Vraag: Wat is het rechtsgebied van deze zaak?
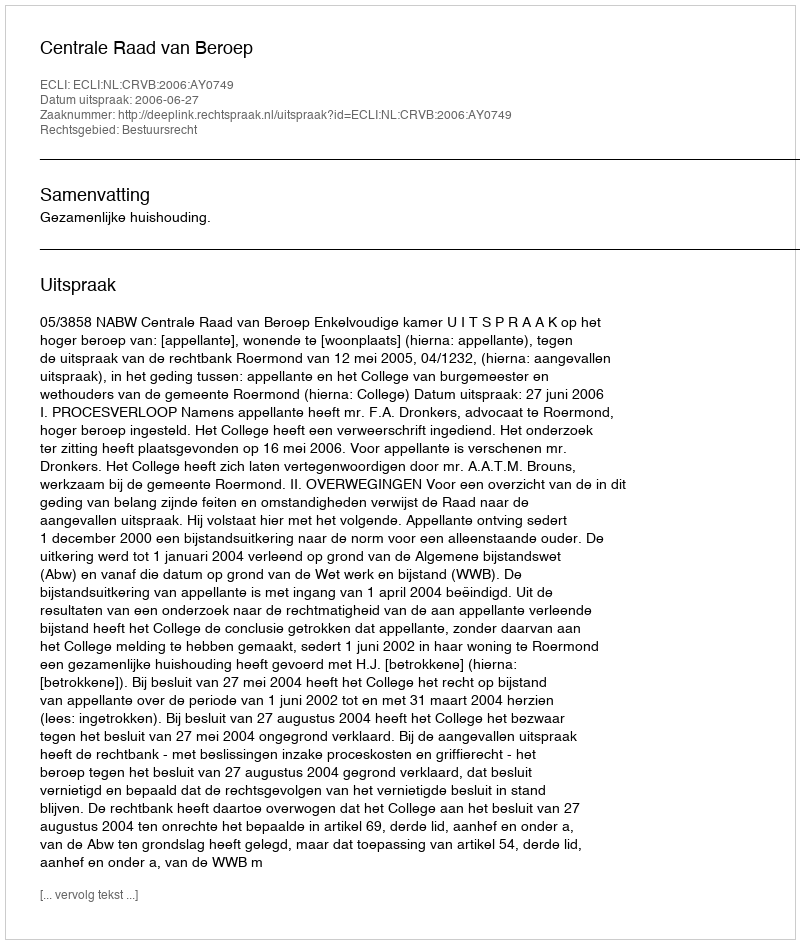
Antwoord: Bestuursrecht